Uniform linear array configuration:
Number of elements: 12
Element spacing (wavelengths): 0.25
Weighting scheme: uniform
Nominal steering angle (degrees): -45
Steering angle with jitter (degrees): -44.664
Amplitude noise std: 0.05
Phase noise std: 0.05

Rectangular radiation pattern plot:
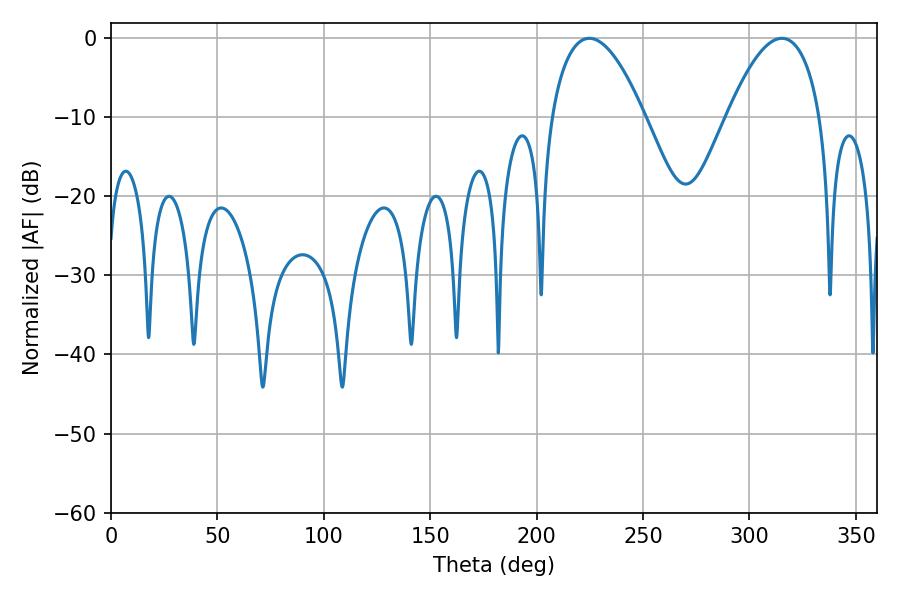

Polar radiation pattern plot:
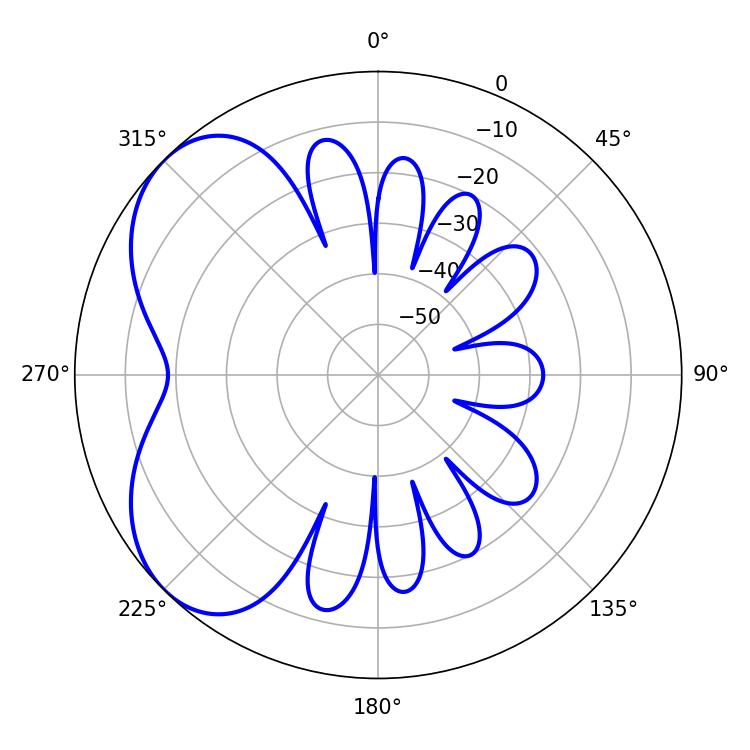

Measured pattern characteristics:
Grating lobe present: FALSE
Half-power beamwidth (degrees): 24.3
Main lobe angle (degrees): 224.82